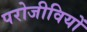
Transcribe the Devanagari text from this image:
परोजीवियों